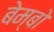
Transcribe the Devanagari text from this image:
बेम्बो